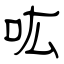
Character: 吰